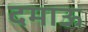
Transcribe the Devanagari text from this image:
दमाऊ